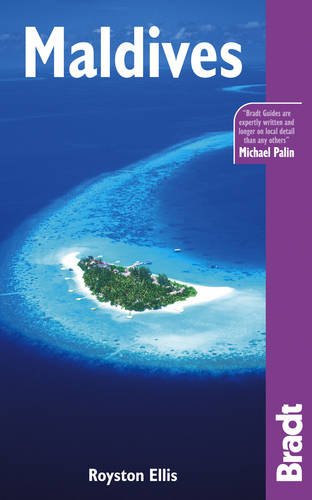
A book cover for Maldives (Bradt Travel Guide); Royston Ellis; Travel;